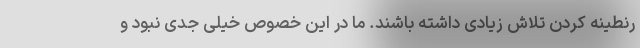
رنطینه کردن تلاش زیادی داشته باشند. ما در این خصوص خیلی جدی نبود و